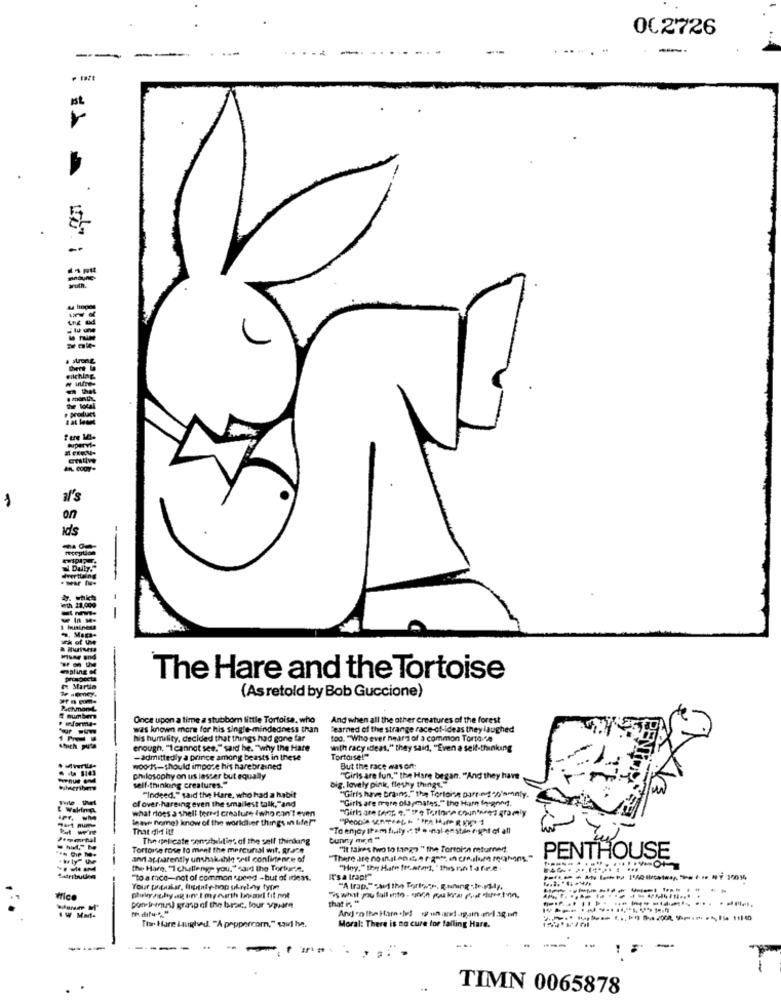
002726
---
-.
..... -
1st
a'S
on
Ids
S stil
emaling
The Hare and the Tortoise
(As retold by Bob Guccione)
Once upon a time a stubborn little Tortoise, who
And when all the other creatures of the forest
was known more for his single-mindedness than
Learned of the strange race-of-ideas they laughed
his humility, decided that things had gone far
too. "Who ever heard of a common Torto a
enough, "I cannot see," said he. "why the Hare
with racy ideas," they said, "Even a seit-thinking
-admittedly a prince among beasts in these
Tortoise!"
wooch-should impose his harebrained
But the race ausont:
-
philosophy on us lesser but equally
big. lovely pink, fleshy things."
"Girls are fun," the Hare began. "And they have
well-thinlong creatures."
"Girls have brains." the Tortoise parried %'sminty.
of over hareing even the smallest talk,"and
"Indeed," said the Here, who had a habit
"Girls are meere ofDomates." the Hamn In-gond.
what does a shell teredi creature Iwho can't even
"Girls are fans e."tre Tortore counted anomaly
leave home) know of the worldhier things in bife?"
That did it!
"To enjoy Item fully ." If e inal enstan right of all
The italicate conesbilities of the self thinking
bunny men"
Tortorse rose to ment the mercurial wit. RrJde
"It takes two to tango " the Tortoise returnedt.
anni apparently unshak-shle oeil confirenze of
PENTHOUSE
---
the Hare, "I challenge you," said the Torkurze,
"Hoy." the Hate freace], " this no ! a fire
Datributlea
"To a race-not of common speed -but of ideas.
It's a trap!"
"A trap,""Auf the Torto.os, Rafting .Io.Fly,
that in, "
" is what you fall into. what pulver pour difer in,
------------------
pont-muss) grasp of the brac, four vpalme
Ttar Hare Laughed. "A papperrom," saul he.
Moral: There is no cure for failing Hare.
---
TIMN 0065878